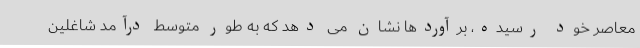
معاصر خود رسیده، برآوردها نشان می دهد که به طور متوسط درآمد شاغلین